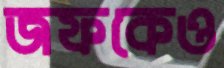
জফকেও